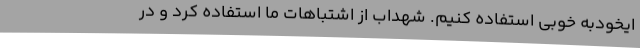
ایخودبه خوبی استفاده کنیم. شهداب از اشتباهات ما استفاده کرد و در